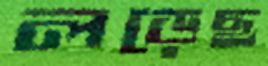
লড়েছ